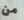
من